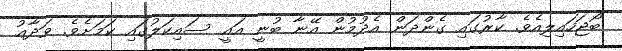
ބޯޖަހައިލިއެވެ. ކާރުގައި ގެންދަން އެދުމުން އޭނާ ބުނީ އައީ ސައިކަލުގައި ކަމަށެވެ. ވަދާޢު